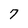
Character: 7